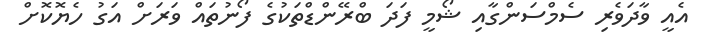
އެއީ ވާދަވެރި ސެމްސަންގާއި ޝޯމީ ފަދަ ބްރޭންޑްތަކުގެ ފޯނުތައް ވަރަށް އަގު ހެޔޮކޮށް